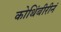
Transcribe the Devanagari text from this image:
कोथिंबीरीनं